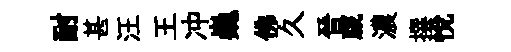
耐甚汪王冲巍佛久晉蕆濃撰悦